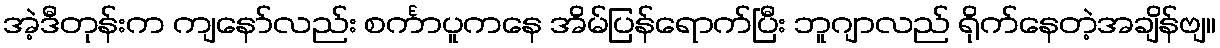
အဲ့ဒီတုန်းက ကျနော်လည်း စင်္ကာပူကနေ အိမ်ပြန်ရောက်ပြီး ဘူဂျာလည် ရိုက်နေတဲ့အချိန်ဗျ။